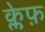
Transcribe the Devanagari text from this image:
क्लेफ़